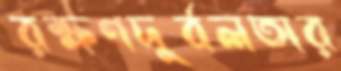
রক্ষণদুর্বলতার